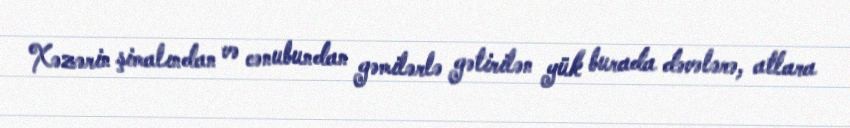
Xəzərin şimalından və cənubundan gəmilərlə gətirilən yük burada dəvələrə, atlara